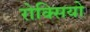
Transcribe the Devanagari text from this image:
रोक्सियो